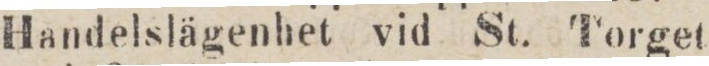
Handelslägenhet vid St. Torget